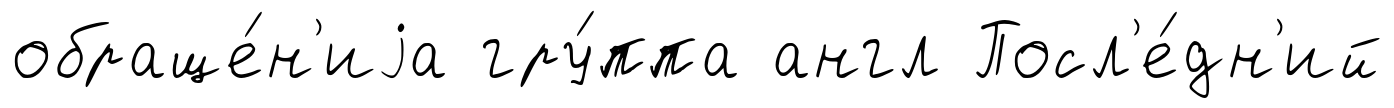
обраще́н'иjа гру́ппа англ Посл'е́дн'ий